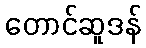
တောင်ဆူဒန်